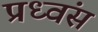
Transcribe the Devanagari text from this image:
प्रध्वंस